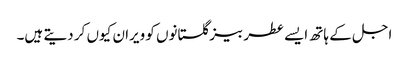
اجل کے ہاتھ ایسے عطر بیز گلستانوں کو ویران کیوں کر دیتے ہیں۔